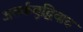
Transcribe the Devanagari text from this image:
अतर्कबुद्धिवाद